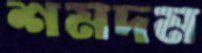
শমদম